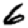
Digit: 6